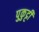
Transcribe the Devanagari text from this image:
पुकुट्टी